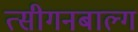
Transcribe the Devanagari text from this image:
त्सीगनबाल्ग